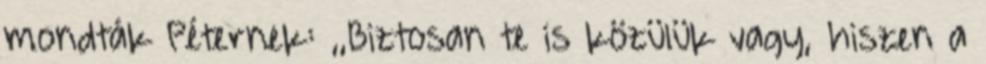
mondták Péternek: ,,Biztosan te is közülük vagy, hiszen a